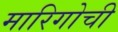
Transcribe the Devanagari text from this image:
मारिगोची